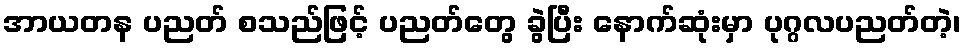
အာယတန ပညတ် စသည်ဖြင့် ပညတ်တွေ ခွဲပြီး နောက်ဆုံးမှာ ပုဂ္ဂလပညတ်တဲ့၊